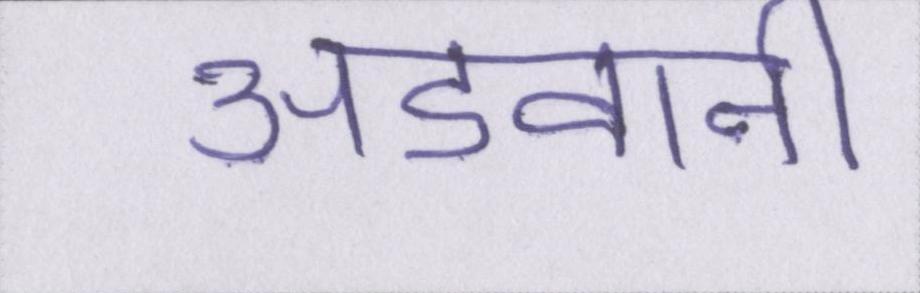
अडवानी